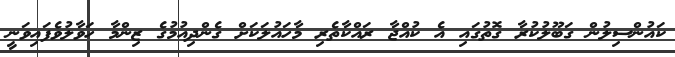
ކައުންސިލުން ގަބޫލުކުރާ ގޮތުގައި އެ ކުއްޖާ ރައްކާތެރި މާހައުލަކަށް ގެންދިއުމުގެ ޒިންމާ ހަވާލުވެފައިވަނީ